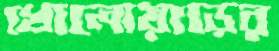
খোলোয়াড়ের